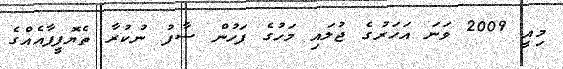
މިއީ 2009 ވަނަ އަހަރުގެ ޖުލައި މަހުގެ ފަހުން ސާފު ނުކުރާ ތެޔޮފީފާއެއްގެ